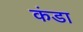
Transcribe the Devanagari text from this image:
कंडा